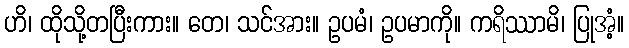
ဟိ၊ ထိုသို့တပြီးကား။ တေ၊ သင်အား။ ဥပမံ၊ ဥပမာကို။ ကရိဿာမိ၊ ပြုအံ့။